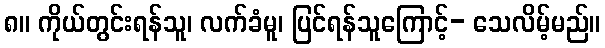
၈။ ကိုယ်တွင်းရန်သူ၊ လက်ခံမူ၊ ပြင်ရန်သူကြောင့်- သေလိမ့်မည်။